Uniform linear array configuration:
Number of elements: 32
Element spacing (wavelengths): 0.5
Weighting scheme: hann
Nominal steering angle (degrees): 0
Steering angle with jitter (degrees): -0.2229
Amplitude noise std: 0.05
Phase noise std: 0.05

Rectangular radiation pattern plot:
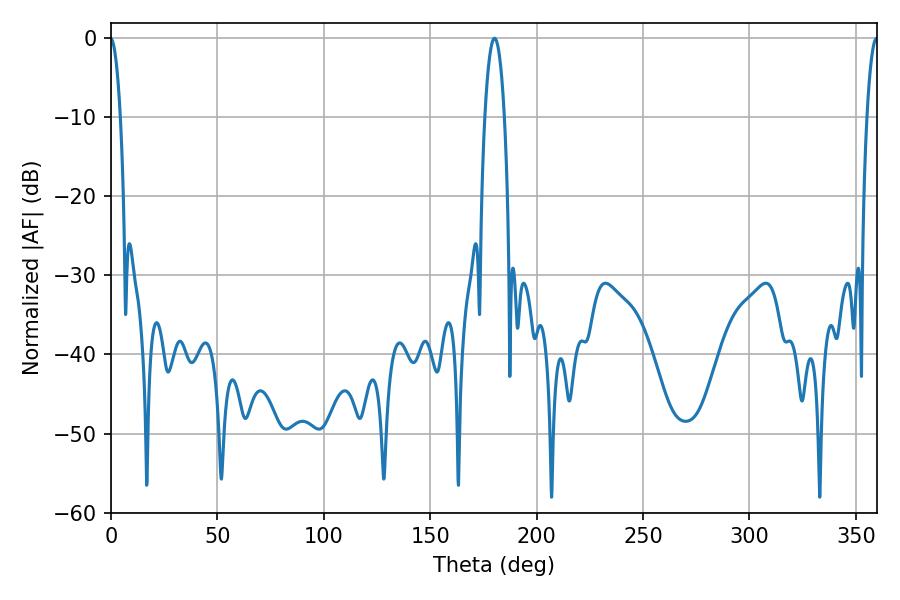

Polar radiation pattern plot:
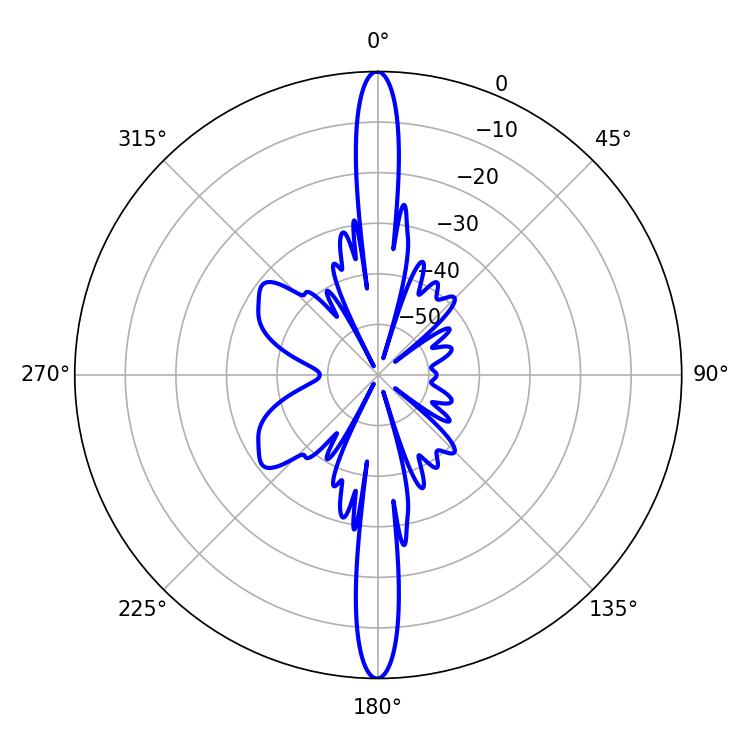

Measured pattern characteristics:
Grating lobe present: FALSE
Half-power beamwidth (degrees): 5.04
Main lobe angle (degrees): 180.18